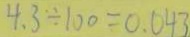
4 . 3 \div 1 0 0 = 0 . 0 4 3